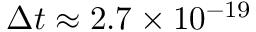
\Delta t \approx 2 . 7 \times 1 0 ^ { - 1 9 }